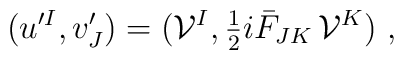
\big(u^{\prime I}, v'_J\big) = \big({\cal V}^I,{\textstyle{1\over 2}} i\bar F_{JK}\,{\cal V}^K\big) \ ,